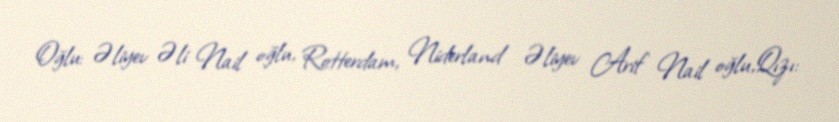
Oğlu: Əliyev Əli Nail oğlu, Rotterdam, Niderland Əliyev Arif Nail oğlu,Qızı: